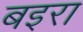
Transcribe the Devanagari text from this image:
बइरा